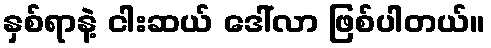
နှစ်ရာနဲ့ ငါးဆယ် ဒေါ်လာ ဖြစ်ပါတယ်။